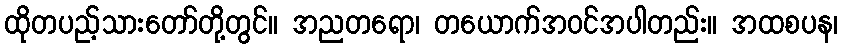
ထိုတပည့်သားတော်တို့တွင်။ အညတရော၊ တယောက်အဝင်အပါတည်း။ အထစပန၊